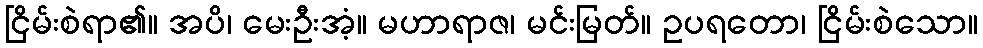
ငြိမ်းစဲရာ၏။ အပိ၊ မေးဦးအံ့။ မဟာရာဇ၊ မင်းမြတ်။ ဥပရတော၊ ငြိမ်းစဲသော။